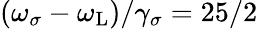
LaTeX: (\omega_{\sigma}-\omega_{\mathrm{L}})/\gamma_{\sigma}=25/2